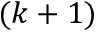
( k + 1 )